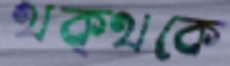
থক্‌থকে